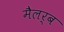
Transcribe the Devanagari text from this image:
मैलर्ब